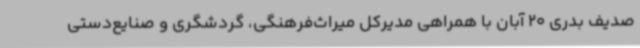
صدیف بدری 20 آبان با همراهی مدیرکل میراث‌فرهنگی، گردشگری و صنایع‌دستی